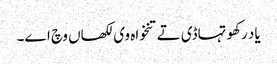
یاد رکھو تہاڈی تے تنخواہ وی لکھاں وچ اے۔